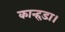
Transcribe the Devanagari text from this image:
कान्हड़ा।